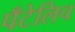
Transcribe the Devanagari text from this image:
पँटेलिच